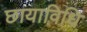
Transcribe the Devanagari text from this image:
छायाविधि